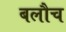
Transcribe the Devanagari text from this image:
बलौच